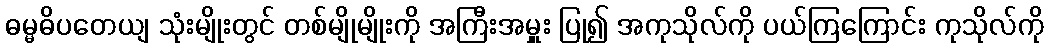
ဓမ္မဓိပတေယျ သုံးမျိုးတွင် တစ်မျိုမျိုးကို အကြီးအမှူး ပြု၍ အကုသိုလ်ကို ပယ်ကြကြောင်း ကုသိုလ်ကို